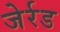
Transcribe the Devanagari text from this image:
जेर्रड